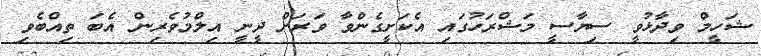
ޝަހީމް ވިދާޅުވީ ސިޔާސީ މަޝްރަހުގައި އެކަށީގެންވާ ވަރަށް ދީނީ އިލްމުވެރިން އެބަ ތިއްބެވި